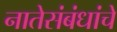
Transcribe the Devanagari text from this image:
नातेसंबंधांचे